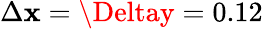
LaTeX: \Delta\mathbf{x}=\Deltay=0.12